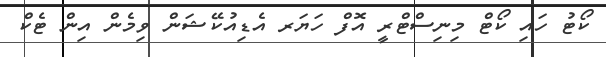
ކޯޓު ހައި ކޯޓް މިނިސްޓްރީ އޮފް ހަޔަރ އެޑިއުކޭޝަން ވިމެން އިން ޓެކް